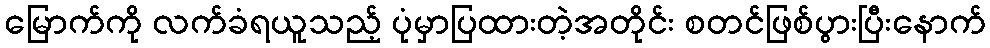
မြောက်ကို လက်ခံရယူသည့် ပုံမှာပြထားတဲ့အတိုင်း စတင်ဖြစ်ပွားပြီးနောက်